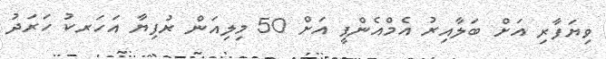
ވިޔަފާރި އަށް ބަލާއިރު އެމްއެންޕީ އަށް 50 މިލިއަން ރުފިޔާ އަހަރކު ހަރަދު